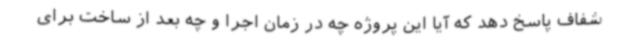
شفاف پاسخ دهد که آیا این پروژه چه در زمان اجرا و چه بعد از ساخت برای